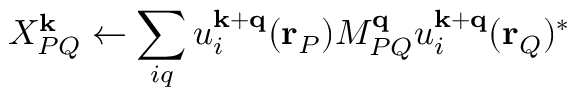
X _ { P Q } ^ { \mathbf { k } } \leftarrow \sum _ { i q } u _ { i } ^ { \mathbf { k } + \mathbf { q } } ( \mathbf { r } _ { P } ) M _ { P Q } ^ { \mathbf { q } } u _ { i } ^ { \mathbf { k } + \mathbf { q } } ( \mathbf { r } _ { Q } ) ^ { * }